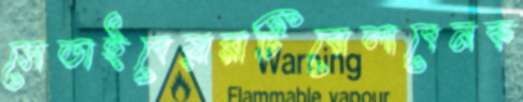
সেডাইবেয়ারাটিবোলাবেনক